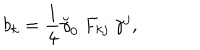
LaTeX: b _ { k } = \frac 1 4 \breve { \gamma } _ { 0 } ~ F _ { k j } ~ \gamma ^ { j } ,